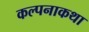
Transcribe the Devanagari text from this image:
कल्पनाकथा